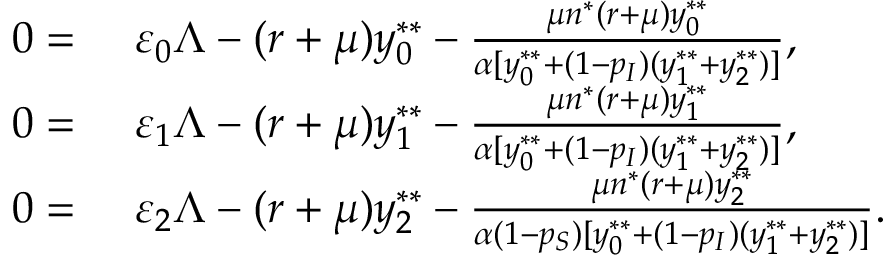
\begin{array} { r l } { 0 = } & { { } ~ \varepsilon _ { 0 } \Lambda - ( r + \mu ) y _ { 0 } ^ { * * } - \frac { \mu n ^ { * } ( r + \mu ) y _ { 0 } ^ { * * } } { \alpha [ y _ { 0 } ^ { * * } + ( 1 - p _ { I } ) ( y _ { 1 } ^ { * * } + y _ { 2 } ^ { * * } ) ] } , } \\ { 0 = } & { { } ~ \varepsilon _ { 1 } \Lambda - ( r + \mu ) y _ { 1 } ^ { * * } - \frac { \mu n ^ { * } ( r + \mu ) y _ { 1 } ^ { * * } } { \alpha [ y _ { 0 } ^ { * * } + ( 1 - p _ { I } ) ( y _ { 1 } ^ { * * } + y _ { 2 } ^ { * * } ) ] } , } \\ { 0 = } & { { } ~ \varepsilon _ { 2 } \Lambda - ( r + \mu ) y _ { 2 } ^ { * * } - \frac { \mu n ^ { * } ( r + \mu ) y _ { 2 } ^ { * * } } { \alpha ( 1 - p _ { S } ) [ y _ { 0 } ^ { * * } + ( 1 - p _ { I } ) ( y _ { 1 } ^ { * * } + y _ { 2 } ^ { * * } ) ] } . } \end{array}